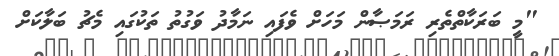
"މީ ބަރަކާތްތެރި ރަމަޞާން މަހަށް ވެފައި ނަމާދު ވަގުތު ތަކުގައި މެޗު ބަލާކަށް